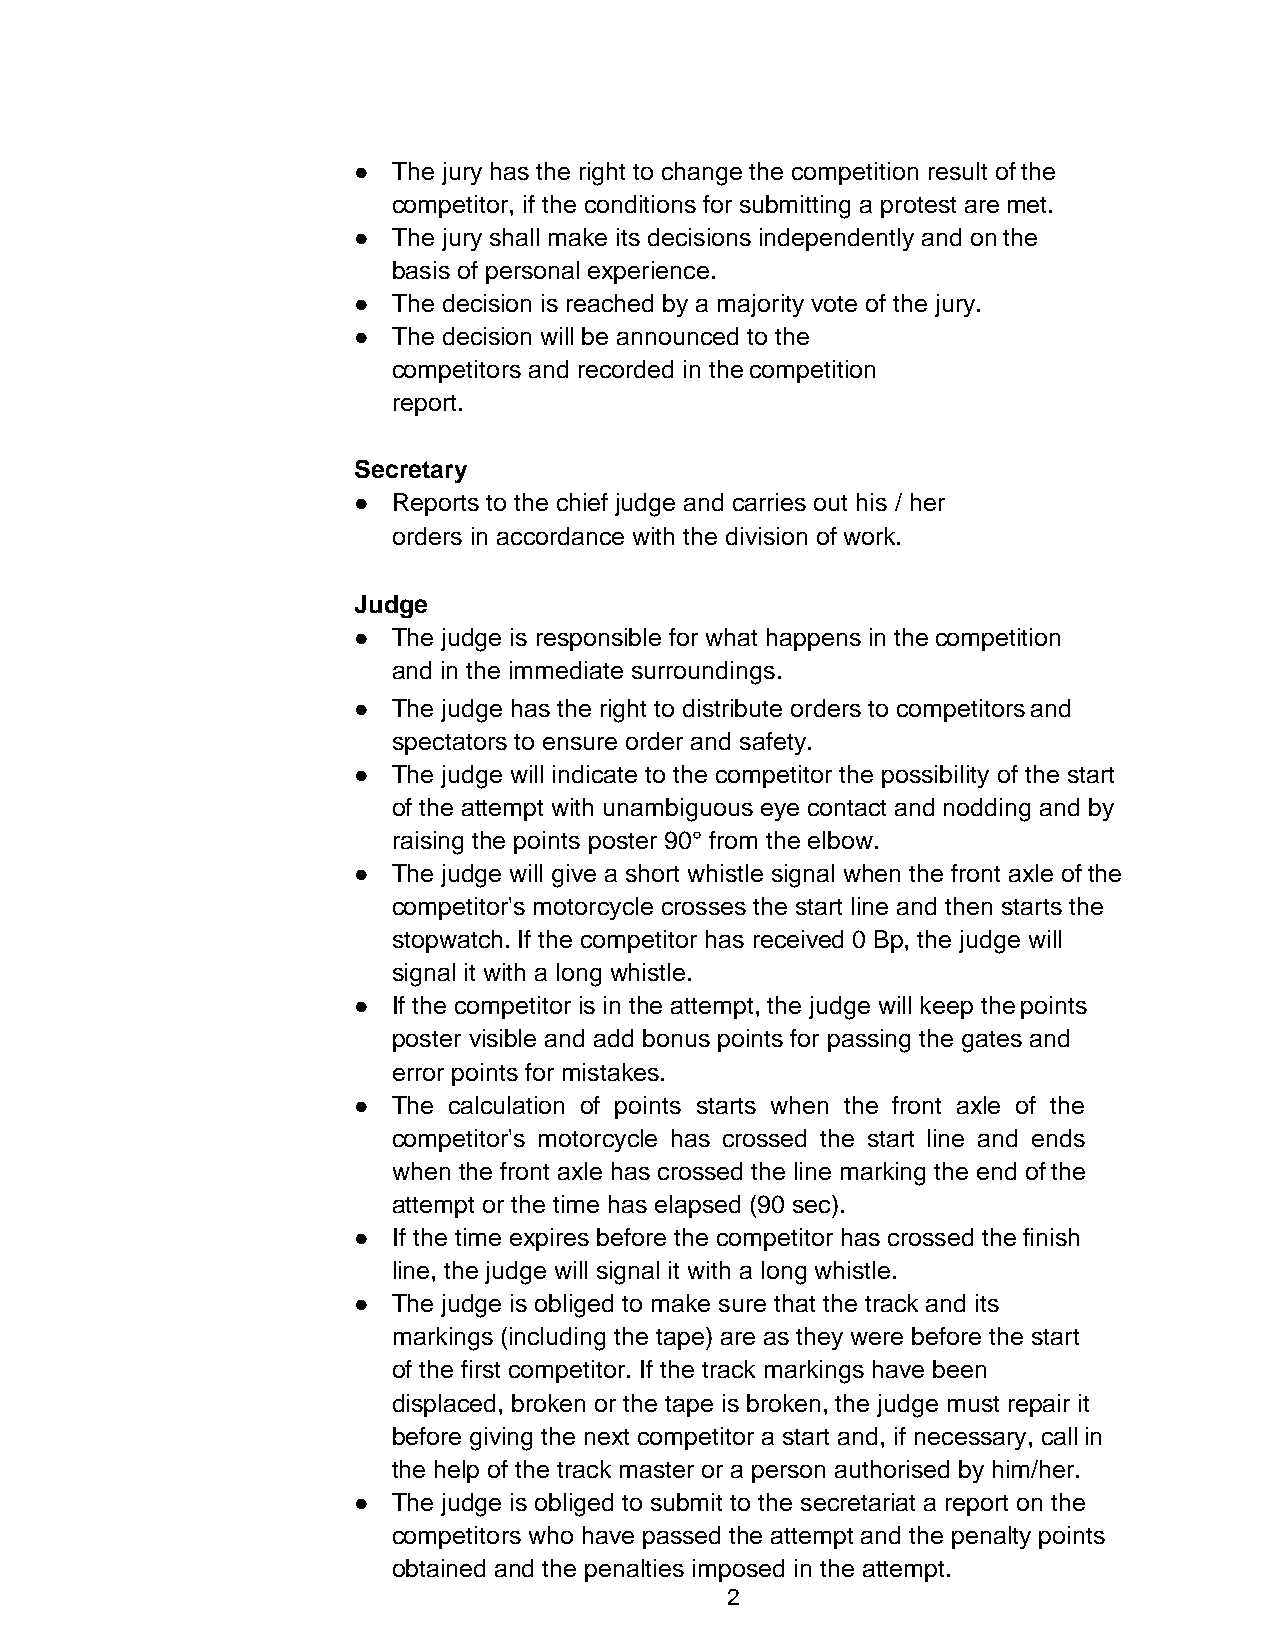
●  The jury has the right to change the competition result of the
 competitor, if the conditions for submitting a protest are met.
 ●  The jury shall make its decisions independently and on the
 basis of personal experience.
 ●  The decision is reached by a majority vote of the jury.
 ●  The decision will be announced to the
 competitors and recorded in the competition
 report.
 Secretary
 ●  Reports to the chief judge and carries out his / her
 orders in accordance with the division of work.
 Judge
 ●  The judge is responsible for what happens in the competition
 and in the immediate surroundings.
 ●  The judge has the right to distribute orders to competitors and
 spectators to ensure order and safety.
 ●  The judge will indicate to the competitor the possibility of the start
 of the attempt with unambiguous eye contact and nodding and by
 raising the points poster 90° from the elbow.
 ●  The judge will give a short whistle signal when the front axle of the
 competitor's motorcycle crosses the start line and then starts the
 stopwatch. If the competitor has received 0 Bp, the judge will
 signal it with a long whistle.
 ●  If the competitor is in the attempt, the judge will keep the points
 poster visible and add bonus points for passing the gates and
 error points for mistakes.
 ●  The calculation of points starts when the front axle of the
 competitor's motorcycle has crossed the start line and ends
 when the front axle has crossed the line marking the end of the
 attempt or the time has elapsed (90 sec).
 ●  If the time expires before the competitor has crossed the finish
 line, the judge will signal it with a long whistle.
 ●  The judge is obliged to make sure that the track and its
 markings (including the tape) are as they were before the start
 of the first competitor. If the track markings have been
 displaced, broken or the tape is broken, the judge must repair it
 before giving the next competitor a start and, if necessary, call in
 the help of the track master or a person authorised by him/her.
 ●  The judge is obliged to submit to the secretariat a report on the
 competitors who have passed the attempt and the penalty points
 obtained and the penalties imposed in the attempt.
 2